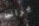
يرانى